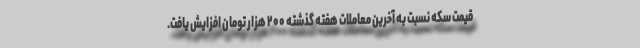
قیمت سکه نسبت به آخرین معاملات هفته گذشته ۲۰۰ هزار تومان افزایش یافت.